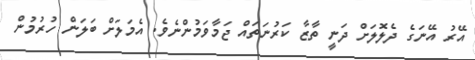
އޭރު އޭނަގެ ދެލޮލަށް ދަނީ ތާޒާ ކަރުނަތައް ޖަމާވަމުންނެވެ. އެމަލަށް ބަލަން ހުރުމުން